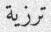
ترزية